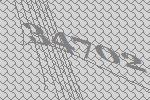
34702